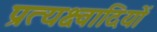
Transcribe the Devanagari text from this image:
प्रत्यक्ष्वादियों